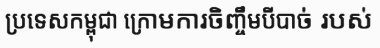
ប្រទេសកម្ពុជា ក្រោមការចិញ្ចឹមបីបាច់ របស់